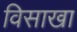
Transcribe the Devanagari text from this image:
विसाखा